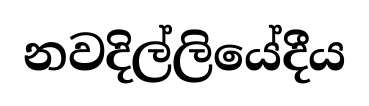
නවදිල්ලියේදීය